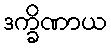
ဒက္ခိဏာယ